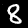
Digit: 8